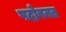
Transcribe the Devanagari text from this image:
पदोवनत